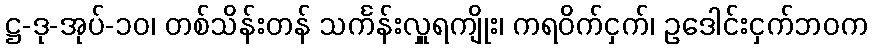
ဋ္ဌ-ဒု-အုပ်-၁၀၊ တစ်သိန်းတန် သင်္ကန်းလှူရကျိုး၊ ကရဝိက်ငှက်၊ ဥဒေါင်းငှက်ဘဝက